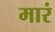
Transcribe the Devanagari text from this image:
मारं